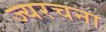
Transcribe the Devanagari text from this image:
ज्यरचना